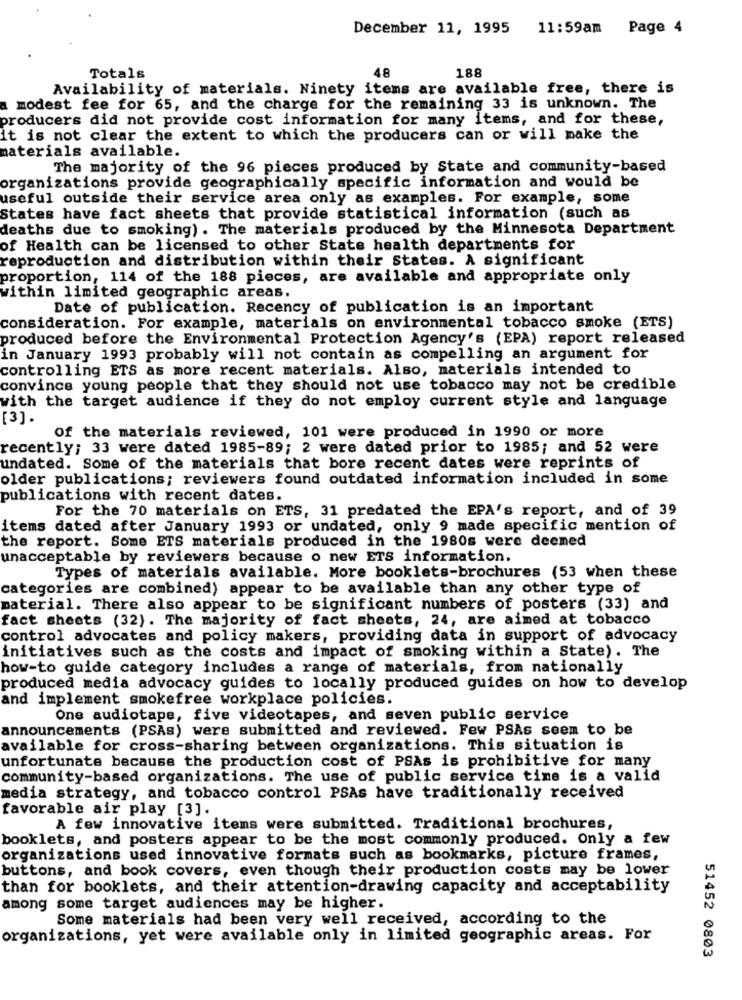
December 11, 1995 11:59am Page 4
48
188
Totals
Availability of materials. Ninety items are available free, there is
modest fee for 65, and the charge for the remaining 33 is unknown. The
producers did not provide cost information for many items, and for these,
it is not clear the extent to which the producers can or will make the
materials available.
The majority of the 96 pieces produced by State and community-based
organizations provide geographically specific information and would be
useful outside their service area only as examples. For example, some
States have fact sheets that provide statistical information (such as
deaths due to smoking) . The materials produced by the Minnesota Department
of Health can be licensed to other State health departments for
reproduction and distribution within their States. A significant
proportion, 114 of the 188 pieces, are available and appropriate only
within limited geographic areas.
Date of publication. Recency of publication is an important
consideration. For example, materials on environmental tobacco smoke (ETS)
produced before the Environmental Protection Agency's (EPA) report released
in January 1993 probably will not contain as compelling an argument for
controlling ETS as more recent materials. Also, materials intended to
convince young people that they should not use tobacco may not be credible
with the target audience if they do not employ current style and language
[3].
Of the materials reviewed, 101 were produced in 1990 or more
recently; 33 were dated 1985-89; 2 were dated prior to 1985; and 52 were
undated. Some of the materials that bore recent dates were reprints of
older publications; reviewers found outdated information included in some
publications with recent dates.
For the 70 materials on ETS, 31 predated the EPA's report, and of 39
items dated after January 1993 or undated, only 9 made specific mention of
the report. Some ETS materials produced in the 1980s were deemed
unacceptable by reviewers because o new ETS information.
Types of materials available. More booklets-brochures (53 when these
categories are combined) appear to be available than any other type of
material. There also appear to be significant numbers of posters (33) and
fact sheets (32). The majority of fact sheets, 24, are aimed at tobacco
control advocates and policy makers, providing data in support of advocacy
initiatives such as the costs and impact of smoking within a State). The
how-to guide category includes a range of materials, from nationally
produced media advocacy guides to locally produced guides on how to develop
and implement smokefree workplace policies.
One audiotape, five videotapes, and seven public service
announcements (PSAs) were submitted and reviewed. Few PSAs seem to be
available for cross-sharing between organizations. This situation is
unfortunate because the production cost of PSAs is prohibitive for many
community-based organizations. The use of public service time is a valid
media strategy, and tobacco control PSAs have traditionally received
favorable air play [3].
A few innovative items were submitted. Traditional brochures,
booklets, and posters appear to be the most commonly produced. Only a few
organizations used innovative formats such as bookmarks, picture frames,
buttons, and book covers, even though their production costs may be lower
than for booklets, and their attention-drawing capacity and acceptability
among some target audiences may be higher.
Some materials had been very well received, according to the
organizations, yet were available only in limited geographic areas. For
51452 0803